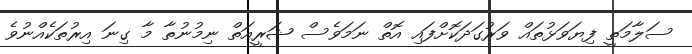
ސަލާމަތީ ފިޔަވަޅުތައް ވަރުގަދަކޮށްފައި އޮތް ނަމަވެސް ޝަރީއަތް ނިމުނުތާ މާ ގިނަ އިރުތަކެއްނުވެ